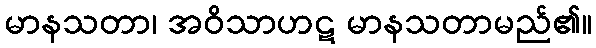
မာနသတာ၊ အဝိသာဟဋ မာနသတာမည်၏။